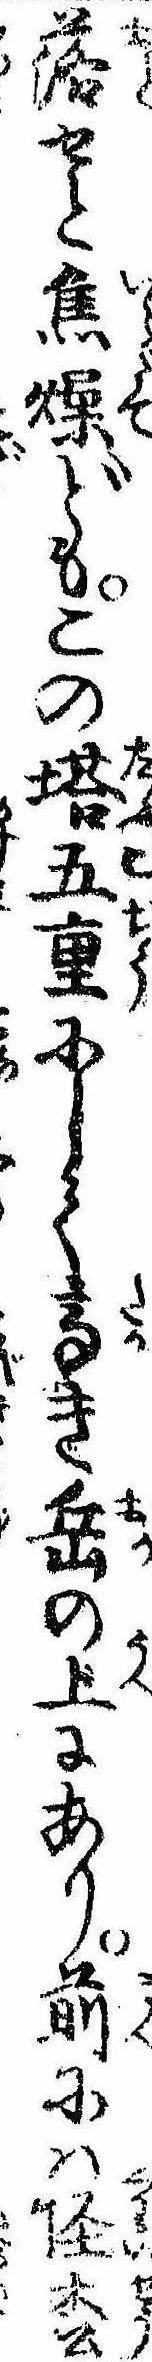
落せと焦燥どもこの塔五重にして高き岳の上にあり前には怪松